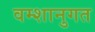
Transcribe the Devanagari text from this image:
वम्शानुगत